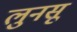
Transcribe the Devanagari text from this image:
लुनसू